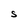
Character: S